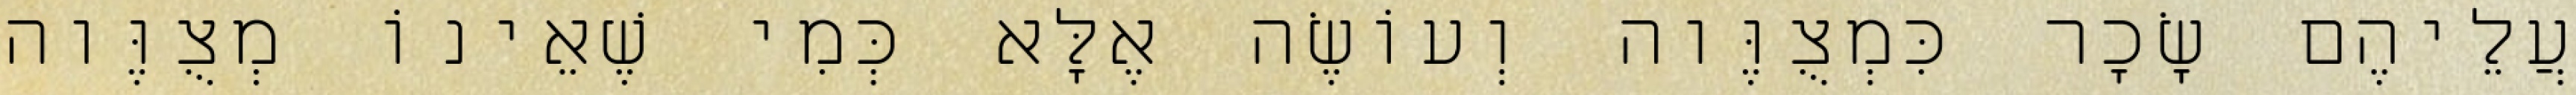
עֲלֵיהֶם שָׂכָר כִּמְצֻוֶּוה וְעוֹשֶׂה אֶלָּא כְּמִי שֶׁאֵינוֹ מְצֻוֶּוה